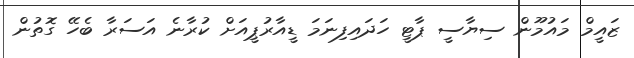
ޒައީމް މައުމޫން ސިޔާސީ ޕާޓީ ހަދައިފިނަމަ ޑީއާރުޕީއަށް ކުރާނެ އަސަރާ ބެހޭ ގޮތުން